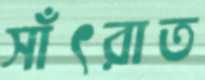
সাঁৎরাত